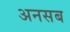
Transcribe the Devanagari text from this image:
अनसब